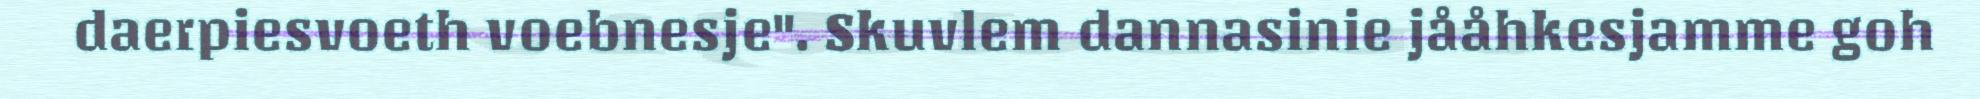
daerpiesvoeth voebnesje". Skuvlem dannasinie jååhkesjamme goh